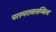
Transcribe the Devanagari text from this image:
परस्परावलम्बित्व